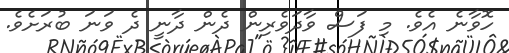
ހޮވާނެ އެވެ. މި ފަސް ވާދަވެރިން ދެން ދާނީ ދެ ވަނަ ބުރަށެވެ.